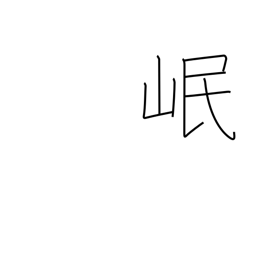
Meaning: name of a Chinese river